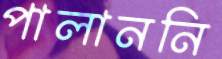
পালাননি